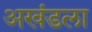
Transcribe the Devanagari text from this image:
अखंडला